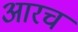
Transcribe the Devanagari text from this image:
आरच